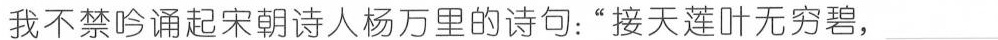
我不禁吟诵起宋朝诗人杨万里的诗句：”接天莲叶无穷碧，